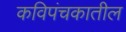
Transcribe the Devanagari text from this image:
कविपंचकातील